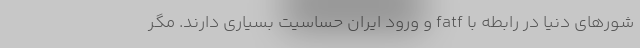
شورهای دنیا در رابطه با fatf و ورود ایران حساسیت بسیاری دارند. مگر